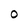
Character: O